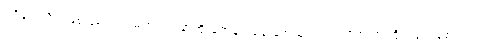
ရရှိချင်လို့ပဲ ဖြစ်ဖြစ်၊ ကင်မရာဝါသနာအိုးတွေနဲ့ ဒရုန်းချစ်သူတွေအတွက် အကြိုက်တွေ့စေမယ့်